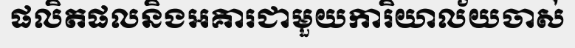
ផលិតផលនិងអគារជាមួយការិយាល័យចាស់